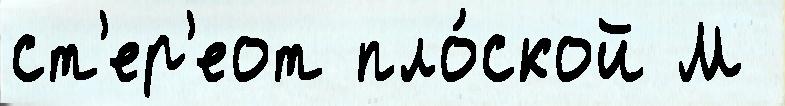
ст'ер'еот пло́ской М